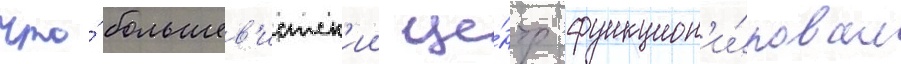
что́ большев'истск'ии це́нтр функцион'и́ровал